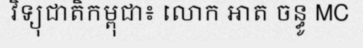
វិទ្យុជាតិកម្ពុជា៖ លោក អាត ចន្ធូ MC